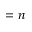
= n